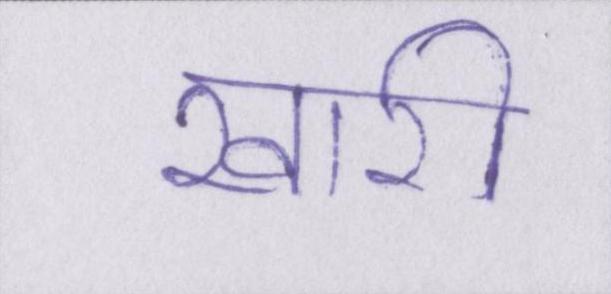
खारी